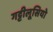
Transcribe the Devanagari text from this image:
गट्टीलूसियो